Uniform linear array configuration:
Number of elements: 8
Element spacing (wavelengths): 0.5
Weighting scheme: kaiser
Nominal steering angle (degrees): -15
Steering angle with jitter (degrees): -15.778
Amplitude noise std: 0.05
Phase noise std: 0.05

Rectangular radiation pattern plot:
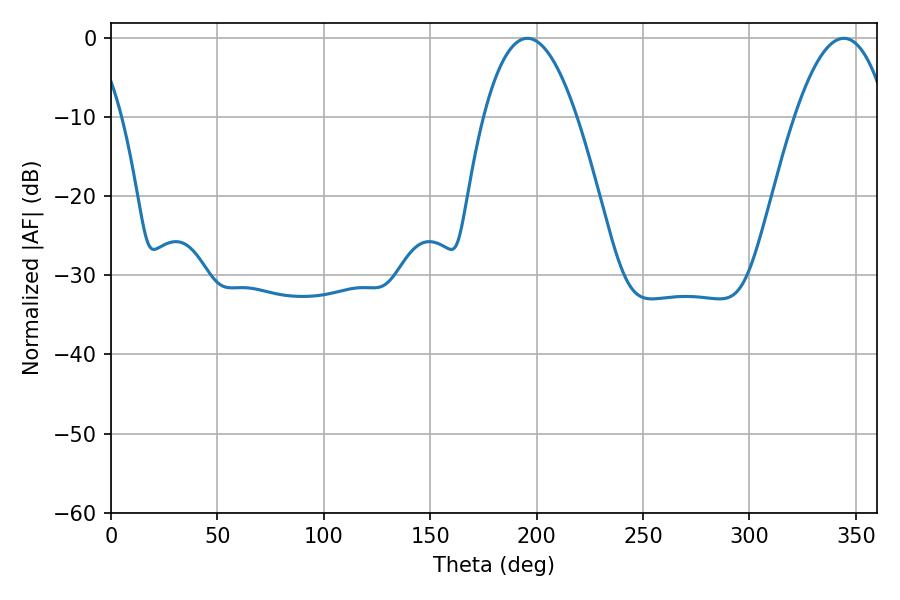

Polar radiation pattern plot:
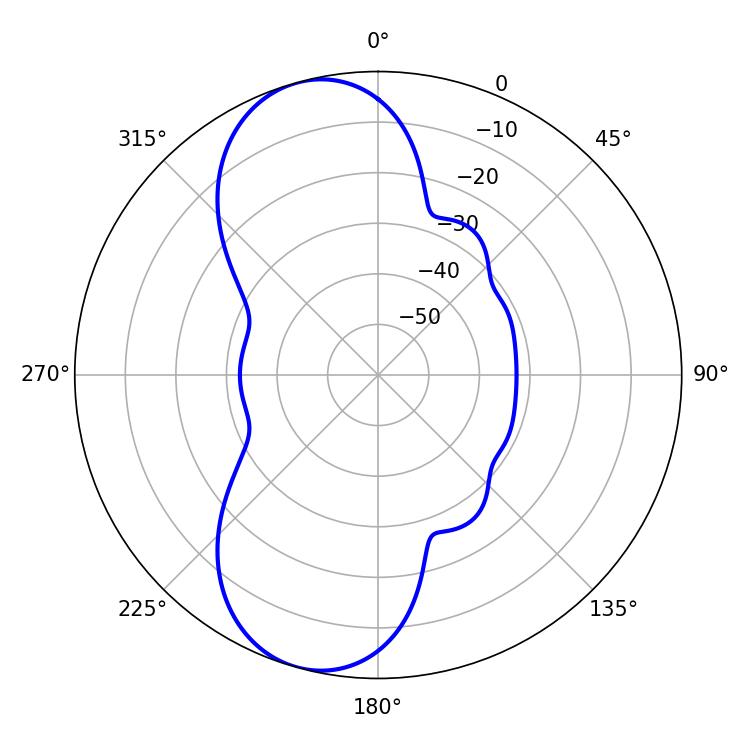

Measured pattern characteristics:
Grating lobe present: FALSE
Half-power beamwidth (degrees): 24.12
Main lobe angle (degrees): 195.66